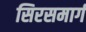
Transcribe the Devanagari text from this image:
सिरसमार्ग